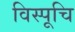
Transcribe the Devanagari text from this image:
विस्पूचि